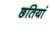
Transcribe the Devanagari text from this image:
छतियां